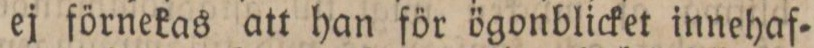
ej förnekas att han för ögonblicket innehaf=